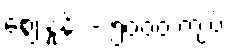
ဈေးနှုန်း - ၅၀၀၀ ကျပ်